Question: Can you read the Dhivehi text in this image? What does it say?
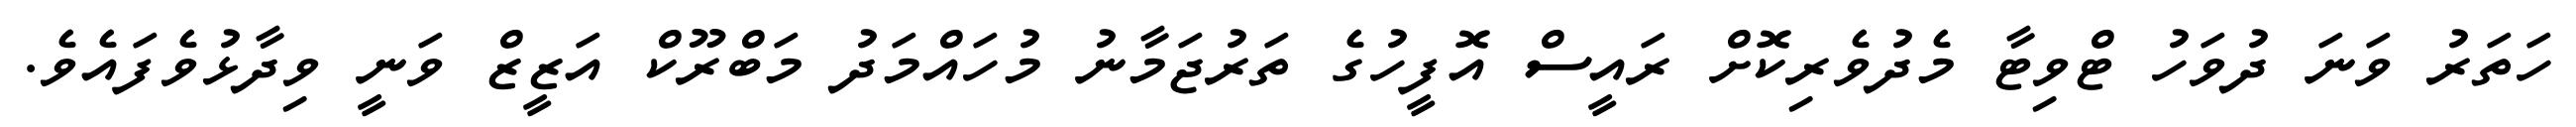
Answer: ހަތަރު ވަނަ ދުވަހު ޓްވިޓާ މެދުވެރިކޮށް ރައީސް އޮފީހުގެ ތަރުޖަމާނު މުހައްމަދު މަބްރޫކް އަޒީޒް ވަނީ ވިދާޅުވެފައެވެ.